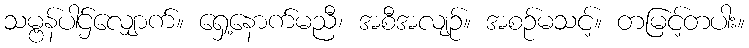
သမ္ဗန်ပါဌ်လျှောက်။ ရှေ့နောက်မညီ၊ အစီအလျဉ်။ အစဉ်မသင့်။ တမြင့်တပါး။